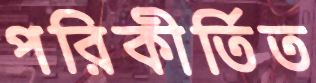
পরিকীর্তিত